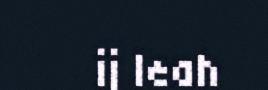
ij leah